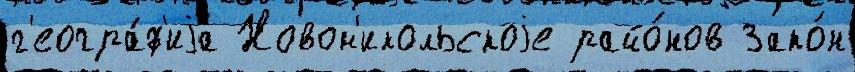
г'еогра́ф'иjа Новон'икольскоjе райо́нов Зако́н